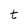
Character: t